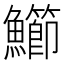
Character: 䲙